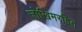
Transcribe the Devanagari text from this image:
जोखिमरहित